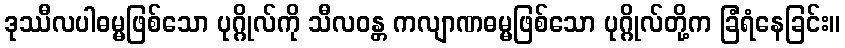
ဒုဿီလပါဓမ္မဖြစ်သော ပုဂ္ဂိုလ်ကို သီလဝန္တ ကလျာဏဓမ္မဖြစ်သော ပုဂ္ဂိုလ်တို့က ခြံရံနေခြင်း။